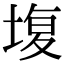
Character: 㙏